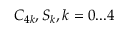
C _ { 4 k } , S _ { k } , k = 0 . . . 4